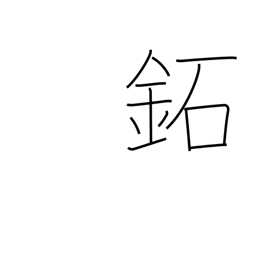
Meaning: brass